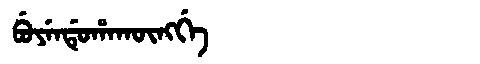
Manchu: ᠪᡠᠶᡝᠨᡩᡠᡥᠠᡴᡡᠩᡤᡝ
Romanization: BUYENDUHAKŪNGGE